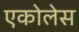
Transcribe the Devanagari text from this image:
एकोलेस